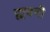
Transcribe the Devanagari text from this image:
ह्यवनी